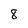
Character: 8